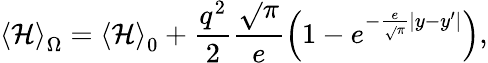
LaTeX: \left\langle\mathcal{H}\right\rangle_{\Omega}=\left\langle\mathcal{H}\right\rangle_{0}+\frac{{{q^{2}}}}{{2}}\frac{{{\sqrt{}{\pi}}}}{{e}}\left({1-e^{-\frac{{e}}{{{\sqrt{}{\pi}}}}|y-y^{\prime}|}}\right),